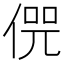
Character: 𠋨